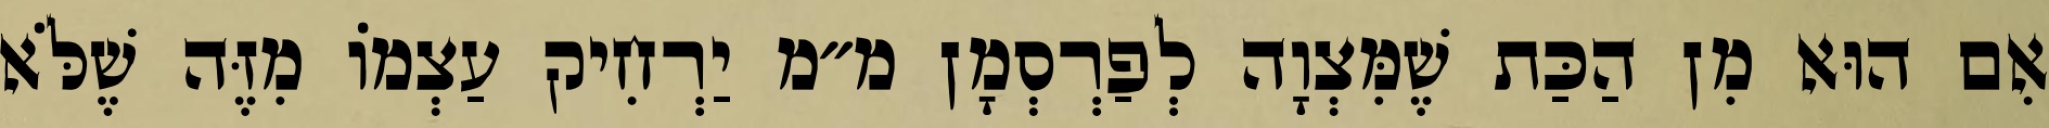
אִם הוּא מִן הַכַּת שֶׁמִּצְוָה לְפַרְסְמָן מ״מ יַרְחִיק עַצְמוֹ מִזֶּה שֶׁלֹּא